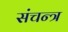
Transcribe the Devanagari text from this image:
संचन्त्र